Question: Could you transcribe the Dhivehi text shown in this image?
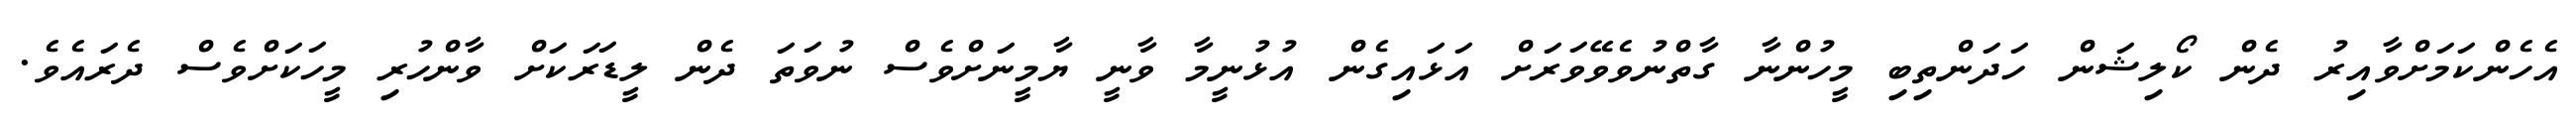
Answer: އެހެންކަމަށްވާއިރު ދެން ކޯލިޝަން ހަދަންތިބި މީހުންނާ ގާތްނުވެވޭވަރަށް އަޅައިގެން އުޅުނީމާ ވާނީ ޔާމީނަށްވެސް ނުވަތަ ދެން ލީޑަރަކަށް ވާންހުރި މީހަކަށްވެސް ދެރައެވެ.